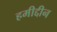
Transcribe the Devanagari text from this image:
हमीद्दीन